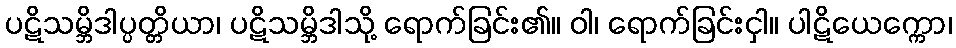
ပဋိသမ္ဘိဒါပ္ပတ္တိယာ၊ ပဋိသမ္ဘိဒါသို့ ရောက်ခြင်း၏။ ဝါ၊ ရောက်ခြင်းငှါ။ ပါဋိယေက္ကော၊